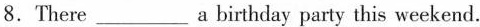
8.There ___ a birthday party this weekend.